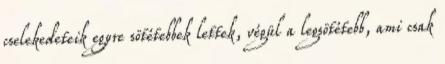
cselekedeteik egyre sötétebbek lettek, végül a legsötétebb, ami csak